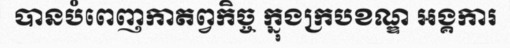
បានបំពេញកាតព្វកិច្ច ក្នុងក្របខណ្ឌ អង្គការ